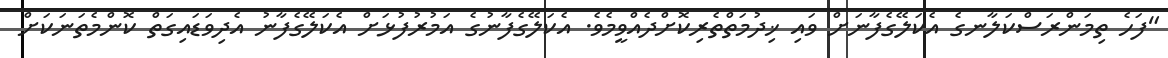
"ފަހެ ތިމަންރަސްކަލާނގެ އެކަލޭގެފާނަށް ވައި ޚިދުމަތްތެރިކޮށްދެއްވީމެވެ. އެކަލޭގެފާނުގެ އަމުރުފުޅަށް އެކަލޭގެފާނު އެދިވަޑައިގަތް ކޮންމެތަނަކަށް